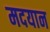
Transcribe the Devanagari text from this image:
मदयान